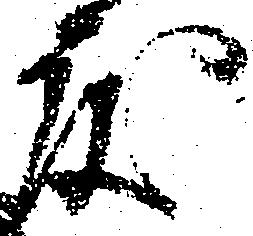
度